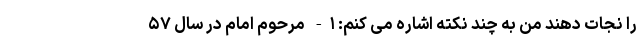
را نجات دهند من به چند نکته اشاره می کنم: ۱- مرحوم امام در سال ۵۷